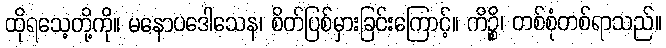
ထိုရသေ့တို့ကို။ မနောပဒေါသေန၊ စိတ်ပြစ်မှားခြင်းကြောင့်။ ကိဉ္စိ၊ တစ်စုံတစ်ရာသည်။